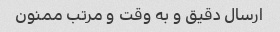
ارسال دقیق و به وقت و مرتب ممنون